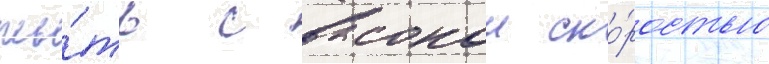
плы́ть с высокои ско́ростью